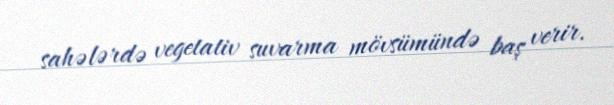
sahələrdə vegetativ suvarma mövsümündə baş verir.